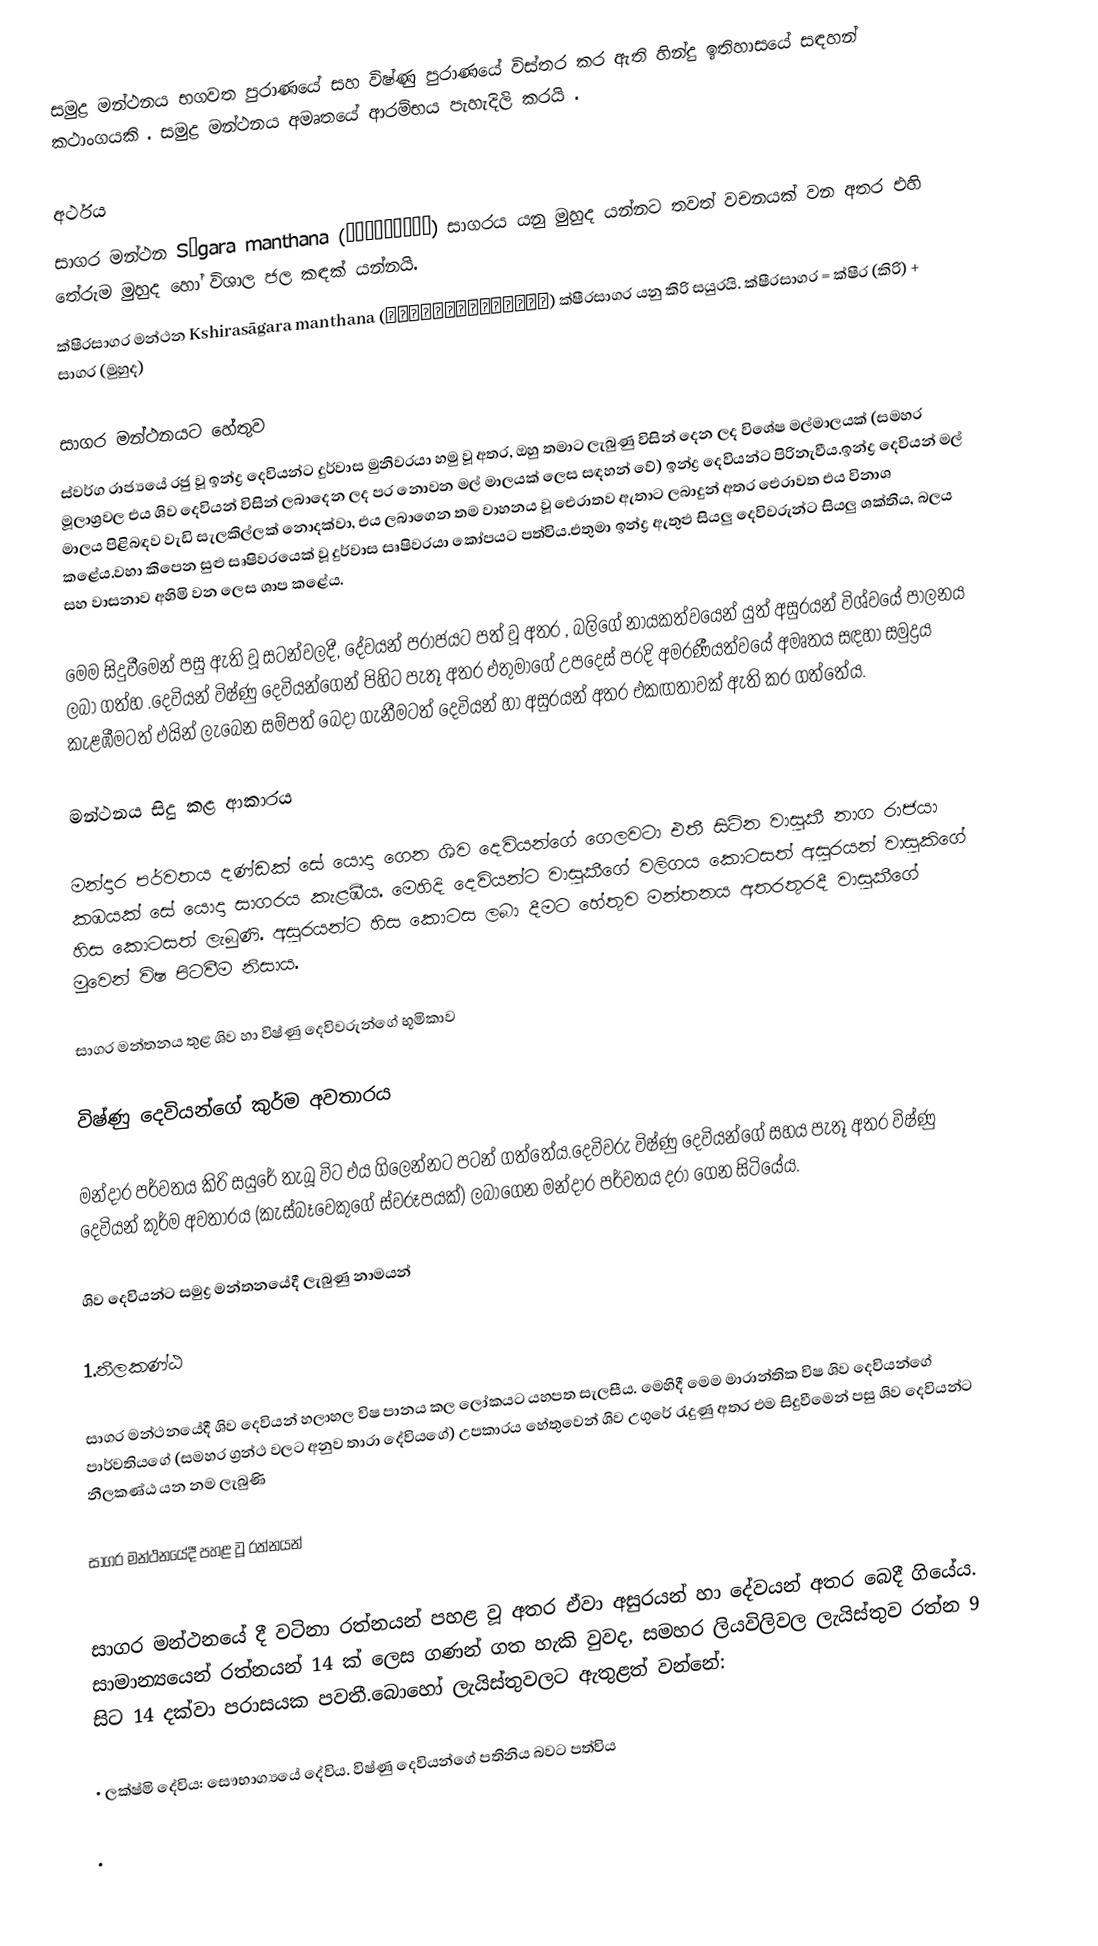
සමුද්‍ර මන්ථනය භගවත පුරාණයේ සහ විෂ්ණු පුරාණයේ විස්තර කර ඇති හින්දු ඉතිහාසයේ සඳහන් කථාංගයකි . සමුද්‍ර මන්ථනය අමෘතයේ ආරම්භය පැහැදිලි කරයි .

අර්ථය
 සාගර මන්ථන Sāgara manthana (सागरमन्थन) සාගරය යනු මුහුද යන්නට තවත් වචනයක් වන අතර එහි තේරුම මුහුද හෝ විශාල     ජල කඳක්‍ යන්නයි.
 ක්ෂීරසාගර මන්ථන Kshirasāgara manthana (क्षीरसागरमन्थन) ක්ෂීරසාගර යනු කිරි සයුරයි. ක්ෂීරසාගර = ක්ෂීර (කිරි) + සාගර (මුහුද)

සාගර මන්ථනයට හේතුව
ස්වර්ග රාජ්‍යයේ රජු වූ ඉන්ද්‍ර දෙවියන්ට දුර්වාස මුනිවරයා හමු වූ අතර, ඔහු තමාට ලැබුණු විසින් දෙන ලද විශේෂ මල්මාලයක් (සමහර මූලාශ්‍රවල එය ශිව දෙවියන් විසින් ලබාදෙන ලද පර නොවන මල් මාලයක් ලෙස සඳහන් වේ) ඉන්ද්‍ර දෙවියන්ට පිරිනැවීය.ඉන්ද්‍ර දෙවියන් මල් මාලය පිළිබඳව වැඩි සැලකිල්ලක් නොදක්වා, එය ලබාගෙන තම වාහනය වූ ඓරාතව ඇතාට ලබාදුන් අතර ඓරාවත එය විනාශ කළේය.වහා කිපෙන සුළු සෘෂිවරයෙක් වූ දුර්වාස සෘෂිවරයා කෝපයට පත්විය.එතුමා ඉන්ද්‍ර ඇතුළු සියලු දෙවිවරුන්ට සියලු ශක්තිය, බලය සහ වාසනාව අහිමි වන ලෙස ශාප කළේය.

මෙම සිදුවීමෙන් පසු ඇති වූ සටන්වලදී, දේවයන් පරාජයට පත් වූ අතර , බලිගේ නායකත්වයෙන් යුත් අසුරයන් විශ්වයේ පාලනය ලබා ගත්හ .දෙවියන් විෂ්ණු දෙවියන්ගෙන් පිහිට පැතූ අතර එතුමාගේ උපදෙස් පරදි  අමරණීයත්වයේ අමෘතය සඳහා සමුද්‍රය කැළඹීමටත් එයින් ලැබෙන සම්පත් බෙදා ගැනීමටත් දෙවියන් හා අසුරයන් අතර එකඟතාවක් ඇති කර ගත්තේය.

මන්ථනය සිදු කළ ආකාරය

මන්දාර පර්වතය දණ්ඩක් සේ යොදා ගෙන ශිව දෙවියන්ගේ ගෙලවටා එතී සිටින වාසුකී නාග රාජයා කඹයක් සේ යොදා සාගරය කැළඹීය. මෙහිදි දෙවියන්ට වාසුකීගේ වලිගය කොටසත් අසුරයන් වාසුකිගේ හිස කොටසත් ලැබුණි. අසුරයන්ට හිස කොටස ලබා දීමට හේතුව මන්තනය අතරතුරදී වාසුකීගේ මුවෙන් විෂ පිටවීම නිසාය.

සාගර මන්තනය තුළ ශිව හා විෂ්ණු දෙවිවරුන්ගේ භූමිකාව

විෂ්ණු දෙවියන්ගේ කුර්ම අවතාරය

මන්දාර පර්වතය කිරි සයුරේ තැබූ විට එය ගිලෙන්නට පටන් ගත්තේය.දෙවිවරු විෂ්ණු දෙවියන්ගේ සහය පැතූ අතර විෂ්ණු දෙවියන් කුර්ම අවතාරය (කැස්බෑවෙකුගේ ස්වරූපයක්) ලබාගෙන මන්දාර පර්වතය දරා ගෙන සිටියේය.

ශිව දෙවියන්ට සමුද්‍ර මන්තනයේදී ලැබුණු නාමයන්

1.නීලකණ්ඨ

සාගර මන්ථනයේදී ශිව දෙවියන් හලාහල විෂ පානය කල ලෝකයට යහපත සැලසීය. මෙහිදී මෙම මාරාන්තික විෂ ශිව දෙවියන්ගේ පාර්වතියගේ (සමහර ග්‍රන්ථ වලට අනුව තාරා දේවියගේ) උපකාරය හේතුවෙන් ශිව උගුරේ රැදුණු අතර එම සිදුවීමෙන් පසු ශිව දෙවියන්ට නීලකණ්ඨ යන නම ලැබුණි

සාගර මන්ථනයේදී පහළ වූ රත්නයන්

සාගර මන්ථනයේ දී වටිනා රත්නයන් පහළ වූ අතර ඒවා අසුරයන් හා දේවයන් අතර බෙදී ගියේය. සාමාන්‍යයෙන් රත්නයන් 14 ක් ලෙස ගණන් ගත හැකි වුවද, සමහර ලියවිලිවල ලැයිස්තුව රත්න 9 සිට 14 දක්වා පරාසයක පවතී.බොහෝ ලැයිස්තුවලට ඇතුළත් වන්නේ:

• ලක්ෂ්මි දේවිය: සෞභාග්‍යයේ දේවිය. විෂ්ණු දෙවියන්ගේ පතිනිය බවට පත්විය

•